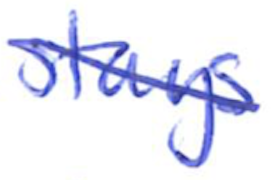
Text: stays
Cross-out: diagonal
Writing tool: ballpoint